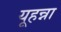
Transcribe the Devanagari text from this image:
यूहन्ना